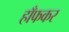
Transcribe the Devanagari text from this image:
हाँफकर